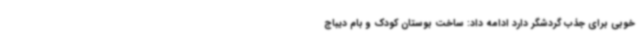
خوبی برای جذب گردشگر دارد ادامه داد: ساخت بوستان کودک و بام دیباج